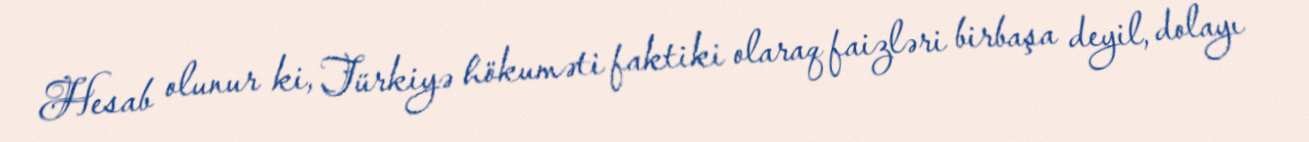
Hesab olunur ki, Türkiyə hökuməti faktiki olaraq faizləri birbaşa deyil, dolayı